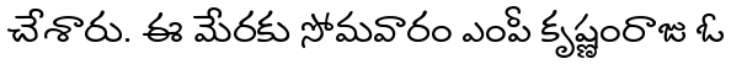
చేశారు. ఈ మేరకు సోమవారం ఎంపీ కృష్ణంరాజు ఓ